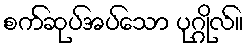
စက်ဆုပ်အပ်သော ပုဂ္ဂိုလ်။